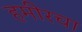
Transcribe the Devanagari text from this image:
हमीरचा